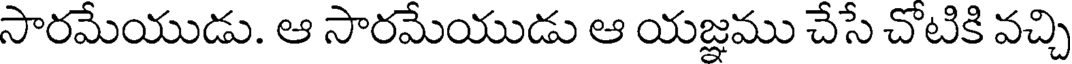
సారమేయుడు. ఆ సారమేయుడు ఆ యజ్ఞము చేసే చోటికి వచ్చి